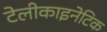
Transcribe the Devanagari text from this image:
टेलीकाइनेटिक